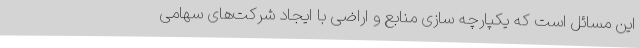
این مسائل است که یکپارچه سازی منابع و اراضی با ایجاد شرکت‌های سهامی